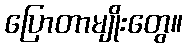
ပြောတာမျိုးတွေ။